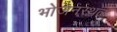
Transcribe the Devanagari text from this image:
भोजनस्थळ